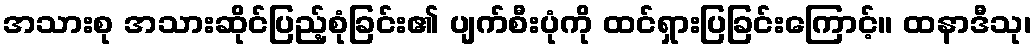
အသားစု အသားဆိုင်ပြည့်စုံခြင်း၏ ပျက်စီးပုံကို ထင်ရှားပြခြင်းကြောင့်။ ထနာဒီသု၊